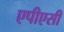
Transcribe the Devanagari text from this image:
एपीएसी